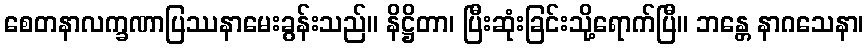
စေတနာလက္ခဏာပြဿနာမေးခွန်းသည်။ နိဋ္ဌိတာ၊ ပြီးဆုံးခြင်းသို့ရောက်ပြီ။ ဘန္တေ နာဂသေနာ၊